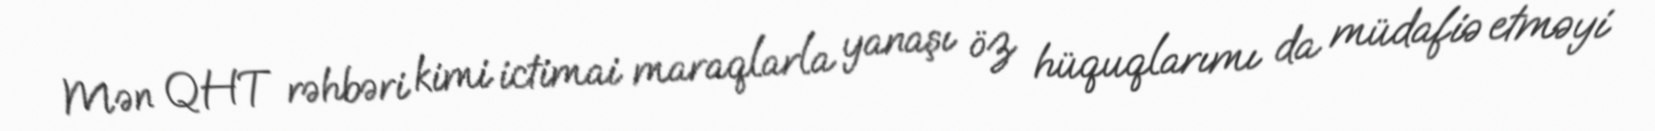
Mən QHT rəhbəri kimi ictimai maraqlarla yanaşı öz hüquqlarımı da müdafiə etməyi